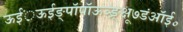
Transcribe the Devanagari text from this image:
ऊईं़ऊईङ्पॉपॉऊञ्ङ़़्क्षू७डंऑई॰